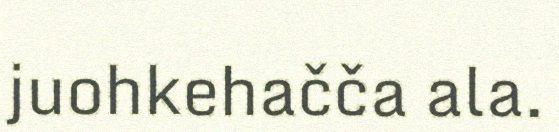
juohkehačča ala.